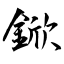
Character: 鍁